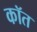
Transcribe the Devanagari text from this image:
कॉत